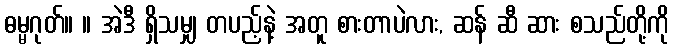
ဓမ္မဂုတ်။ ။ အဲဒီ ရှိသမျှ တပည့်နဲ့ အတူ စားတာပဲလား, ဆန် ဆီ ဆား စသည်တို့ကို